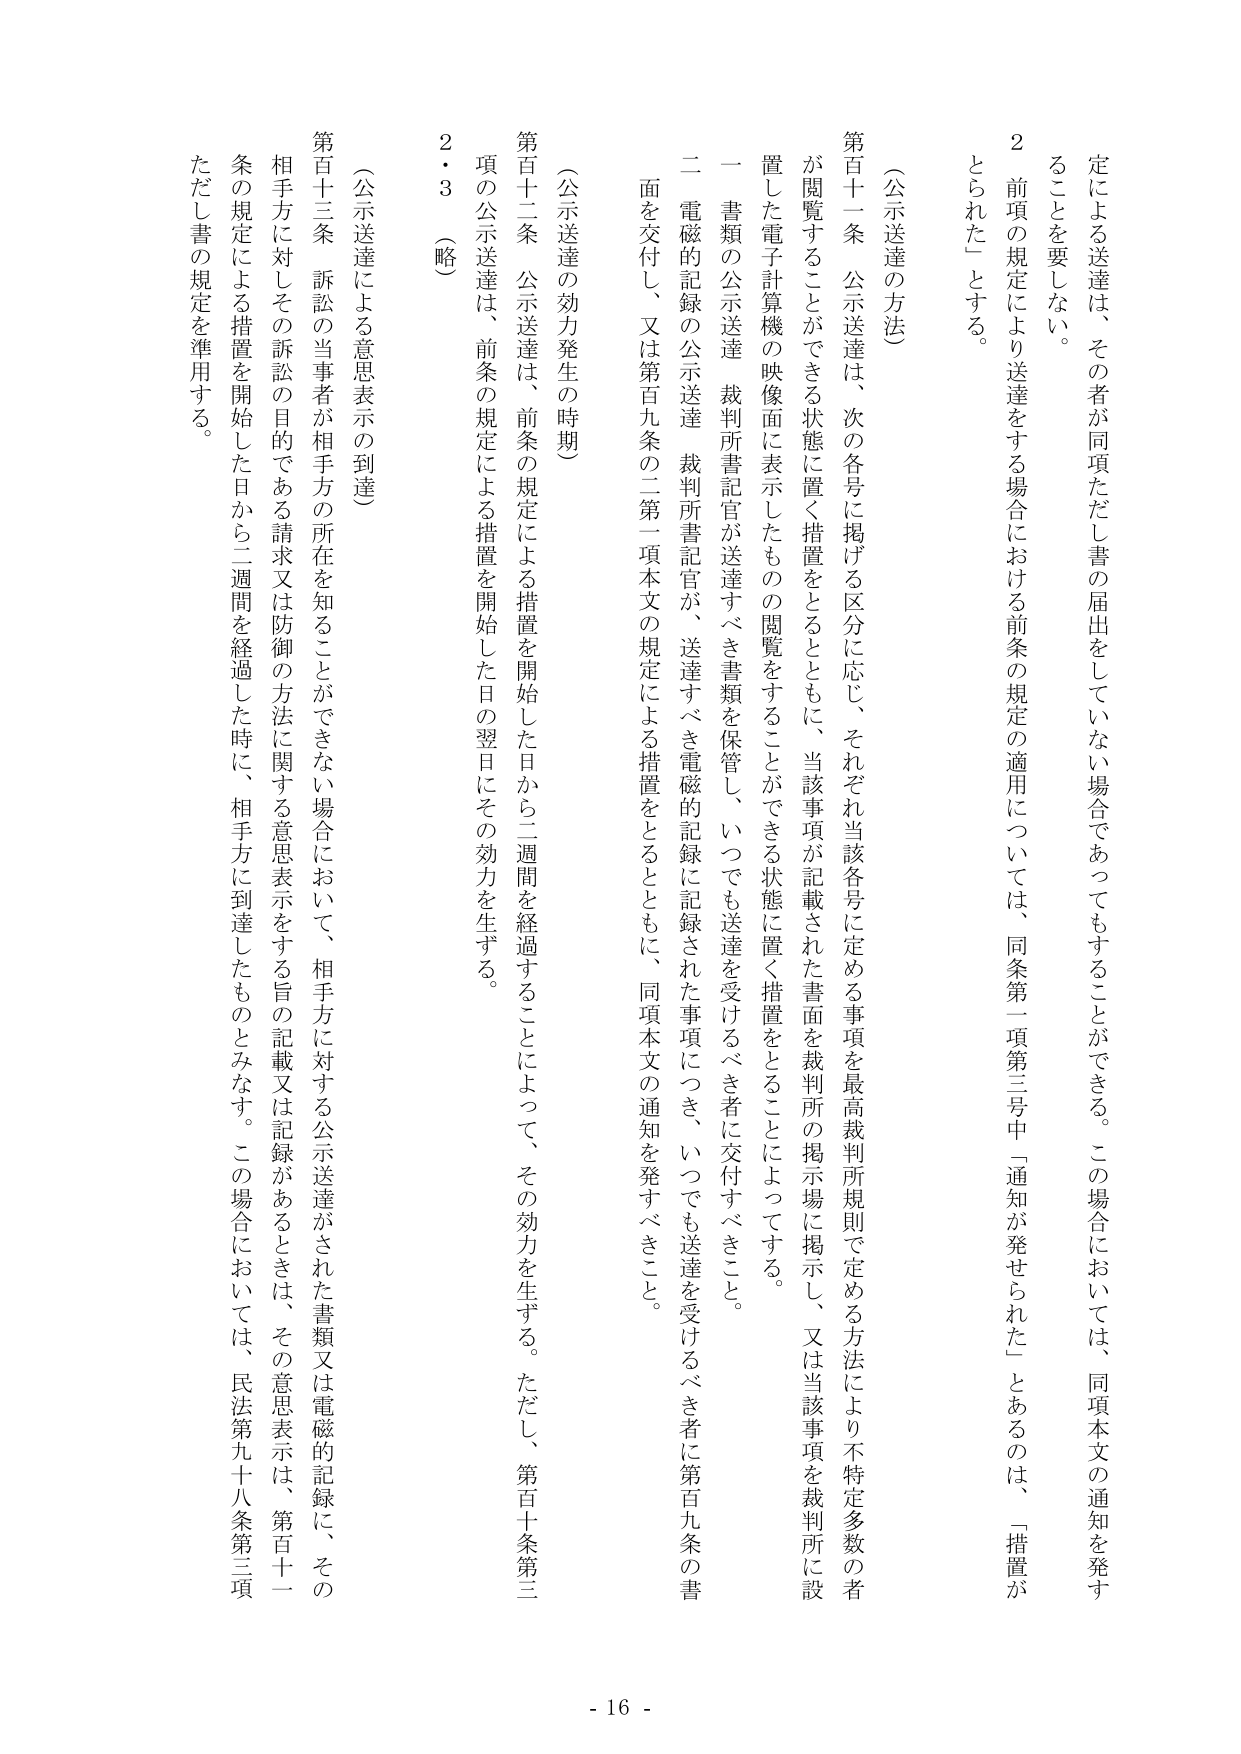
定による送達は、その者が同項ただし書の届出をしていない場合であってもすることができる。この場合においては、同項本文の通知を発することを要しない。

２ 前項の規定により送達をする場合における前条の規定の適用については、同条第一項第三号中「通知が発せられた」とあるのは、「措置がとられた」とする。

（公示送達の方法）

第百十一条 公示送達は、次の各号に掲げる区分に応じ、それぞれ当該各号に定める事項を最高裁判所規則で定める方法により不特定多数の者が閲覧することができる状態に置く措置をとるとともに、当該事項が記載された書面を裁判所の掲示場に掲示し、又は当該事項を裁判所に設置した電子計算機の映像面に表示したものの閲覧をすることができる状態に置く措置をとることによってする。

一 書類の公示送達 裁判所書記官が送達すべき書類を保管し、いつでも送達を受けるべき者に交付すべきこと。

二 電磁的記録の公示送達 裁判所書記官が、送達すべき電磁的記録に記録された事項につき、いつでも送達を受けるべき者に第百九条の書面を交付し、又は第百九条の二第一項本文の規定による措置をとるとともに、同項本文の通知を発すべきこと。

（公示送達の効力発生の時期）

第百十二条 公示送達は、前条の規定による措置を開始した日から二週間を経過することによって、その効力を生ずる。ただし、第百十条第三項の公示送達は、前条の規定による措置を開始した日の翌日にその効力を生ずる。

２・３ （略）

（公示送達による意思表示の到達）

第百十三条 訴訟の当事者が相手方の所在を知ることができない場合において、相手方に対する公示送達がされた書類又は電磁的記録に、その相手方に対してその訴訟の目的である請求又は防御の方法に関する意思表示をする旨の記載又は記録があるときは、その意思表示は、第百十一条の規定による措置を開始した日から二週間を経過した時に、相手方に到達したものとみなす。この場合においては、民法第九十八条第三項ただし書の規定を準用する。

- 16 -